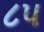
૮૫